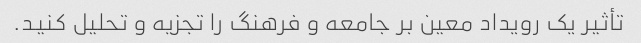
تأثیر یک رویداد معین بر جامعه و فرهنگ را تجزیه و تحلیل کنید.